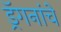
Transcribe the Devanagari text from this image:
ड्रॅगनांचे